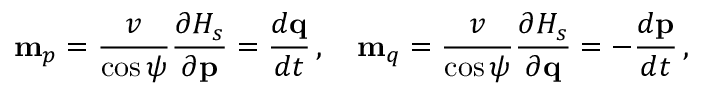
{ \bf m } _ { p } = \frac { v } { \cos \psi } \frac { \partial { \cal H } _ { s } } { \partial { \bf p } } = \frac { d { \bf q } } { d t } \, , \quad { \bf m } _ { q } = \frac { v } { \cos \psi } \frac { \partial { \cal H } _ { s } } { \partial { \bf q } } = - \frac { d { \bf p } } { d t } \, ,